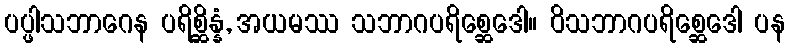
ပပ္ဖါသဘာဂေန ပရိစ္ဆိန္နံ, အယမဿ သဘာဂပရိစ္ဆေဒေါ။ ဝိသဘာဂပရိစ္ဆေဒေါ ပန